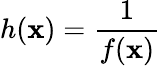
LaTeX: h(\mathbf{x})={\frac{{1}}{{f(\mathbf{x})}}}